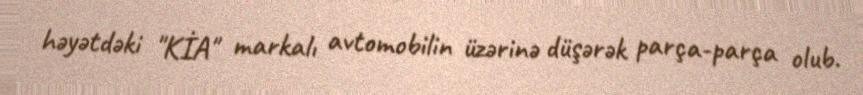
həyətdəki "KİA" markalı avtomobilin üzərinə düşərək parça-parça olub.